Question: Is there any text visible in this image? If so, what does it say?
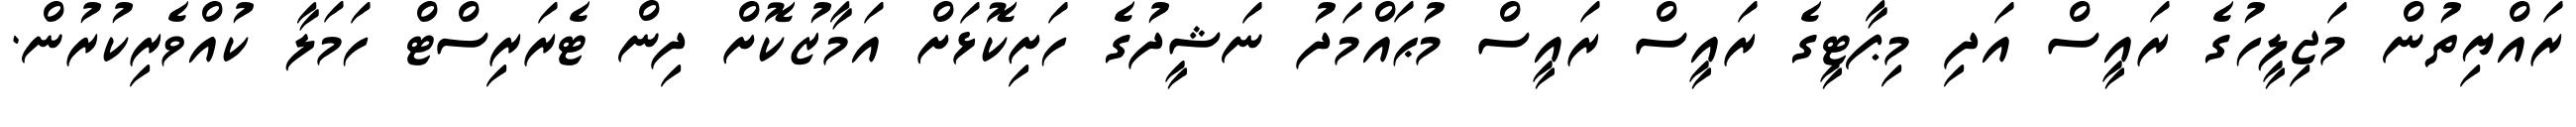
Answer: ރައްޔިތުން މަޖިލީހުގެ ރައީސް އަދި މިޕާޓީގެ ރައީސް ރައީސް މުޙައްމަދު ނަޝީދުގެ ހަށިކޮޅަށް އަމާޒުކޮށް ދިން ޓެރަރިސްޓް ހަމަލާ ކުއްވެރިކުރުން.